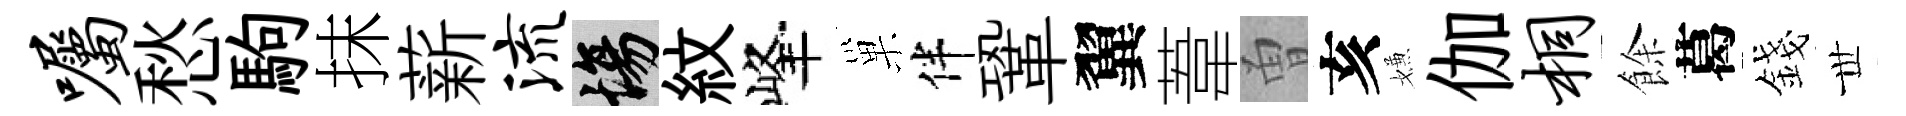
嘱愁駒抹薪流場紋峰巢伴鞏翼葦曽亥嫌伽桐餘葛錢𠀍